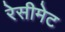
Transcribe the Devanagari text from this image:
रेसीमेट